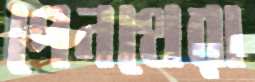
পেনথেরা